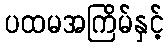
ပထမအကြိမ်နှင့်